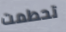
تحطمت